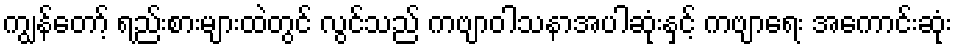
ကျွန်တော့် ရည်းစားများထဲတွင် လွင်သည် ကဗျာဝါသနာအပါဆုံးနှင့် ကဗျာရေး အကောင်းဆုံး